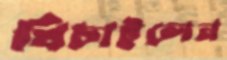
খিচাইলেন